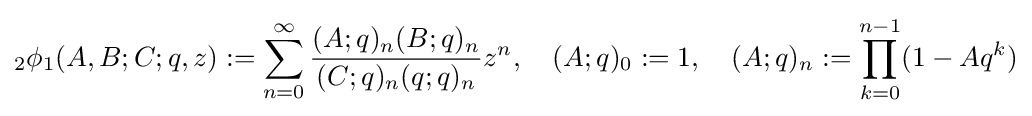
{}_{2}\phi _{1}(A,B;C;q,z):=\sum _{n=0}^{\infty }{\frac {(A;q)_{n}(B;q)_{n}}{(C;q)_{n}(q;q)_{n}}}z^{n},\quad (A;q)_{0}:=1,\quad (A;q)_{n}:=\prod _{k=0}^{n-1}(1-Aq^{k})